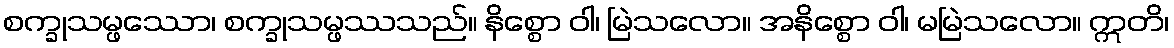
စက္ခုသမ္ဖဿော၊ စက္ခုသမ္ဖဿသည်။ နိစ္စော ဝါ၊ မြဲသလော။ အနိစ္စော ဝါ၊ မမြဲသလော။ ဣတိ၊